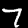
Label: 7